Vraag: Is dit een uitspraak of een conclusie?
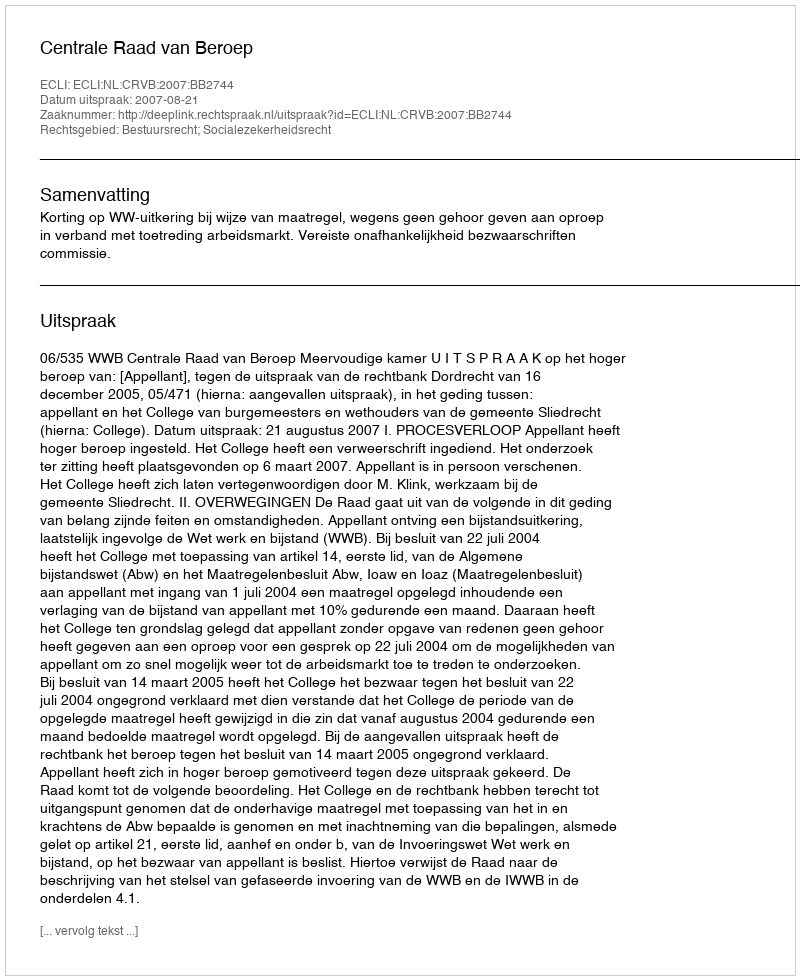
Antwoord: Uitspraak